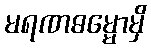
မရဏဓမ္မောမှိ